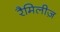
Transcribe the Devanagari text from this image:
रैमिलीज़